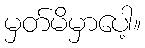
မှတ်မိမှာပေါ့။